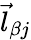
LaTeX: \vec{l}_{\beta j}